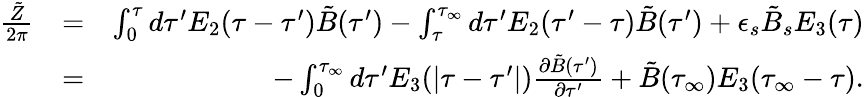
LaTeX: \begin{array}{rlr}{{\frac{\tilde{Z}}{2\pi}}}&{=}&{\int_{0}^{\tau}d\tau^{\prime}E_{2}(\tau-\tau^{\prime})\tilde{B}(\tau^{\prime})-\int_{\tau}^{\tau_{\infty}}d\tau^{\prime}E_{2}(\tau^{\prime}-\tau)\tilde{B}(\tau^{\prime})+\epsilon_{s}\tilde{B}_{s}E_{3}(\tau)}\\ &{=}&{-\int_{0}^{\tau_{\infty}}d\tau^{\prime}E_{3}(\vert\tau-\tau^{\prime}\vert){\frac{\partial\tilde{B}(\tau^{\prime})}{\partial\tau^{\prime}}}+\tilde{B}(\tau_{\infty})E_{3}(\tau_{\infty}-\tau).}\end{array}